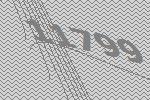
11799